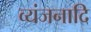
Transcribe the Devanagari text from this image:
व्यंजनादि